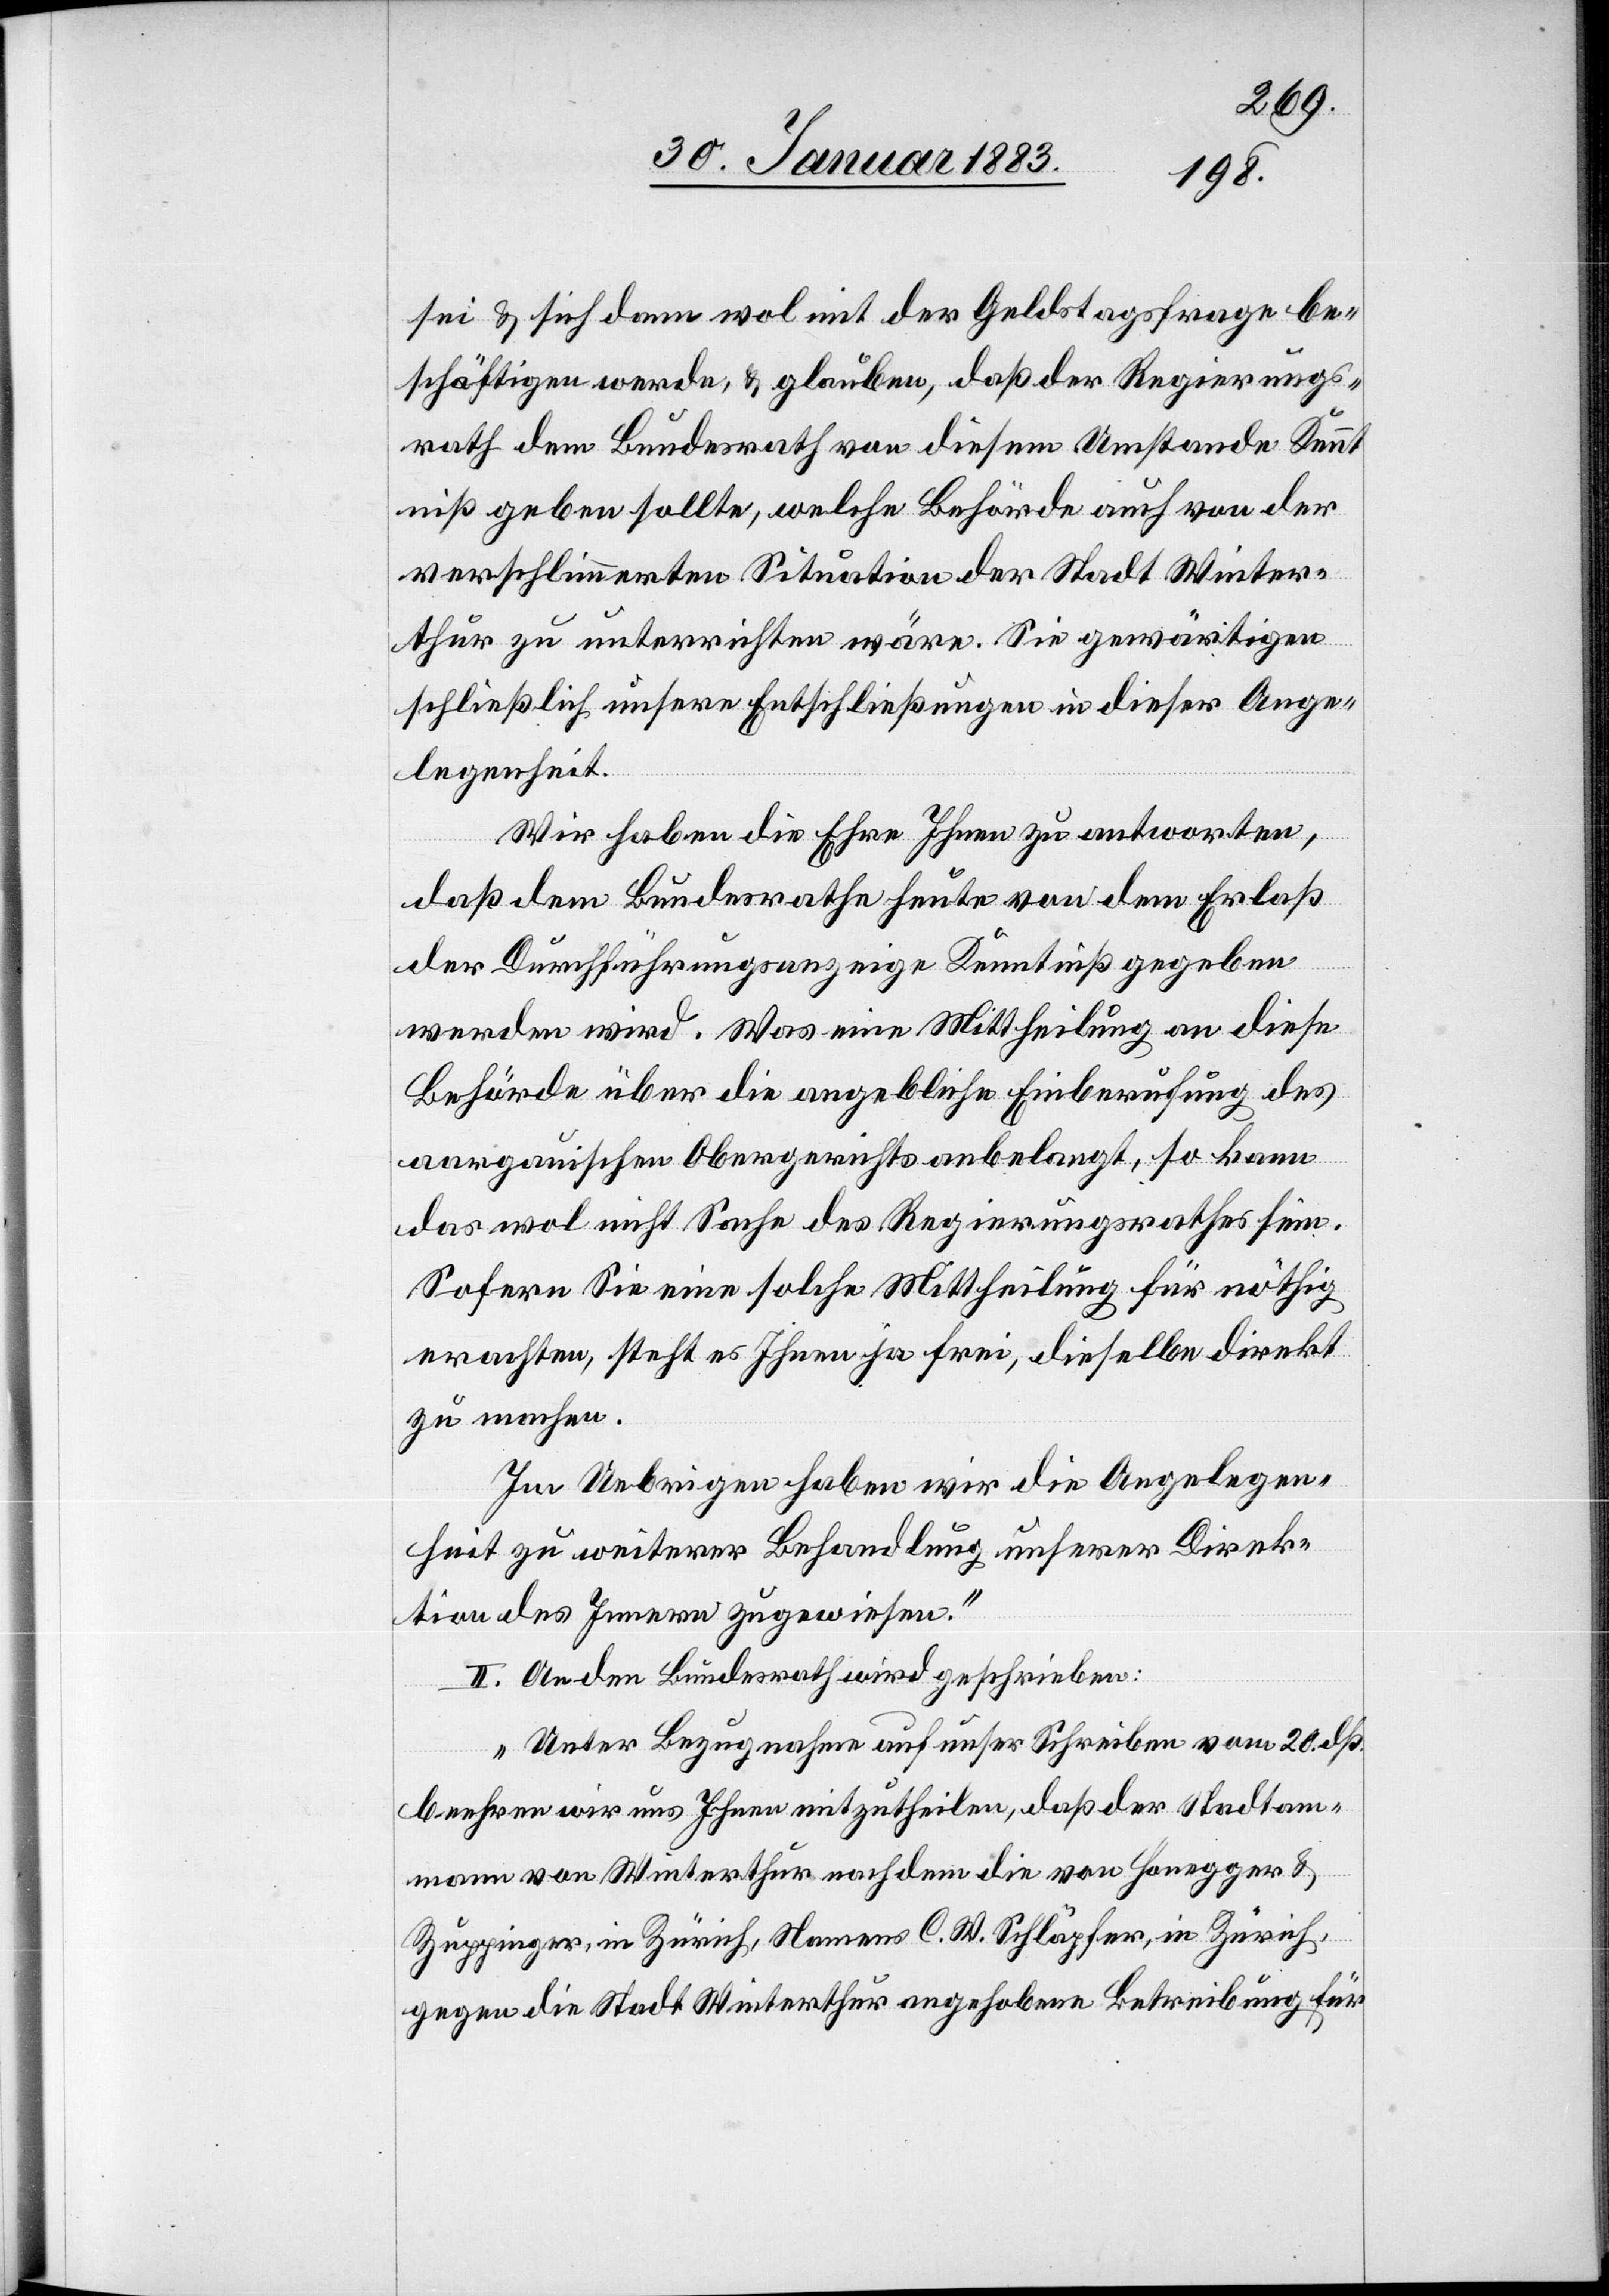
sei & sich dann wol mit der Geldstagsfrage be¬
schäftigen werde, & glauben, daß der Regierungs¬
rath dem Bundesrath von diesem Umstande Kennt¬
niß geben sollte, welche Behörde auch von der
verschlimmerten Situation der Stadt Winter¬
thur zu unterrichten wäre. Sie gewärtigen
schließlich unsere Entschließungen in dieser Ange¬
legenheit.
Wir haben die Ehre Ihnen zu antworten,
daß dem Bundesrathe heute von dem Erlaß
der Durchführungsanzeige Kenntniß gegeben
Behörde über die angebliche Einberufung des
aargauischen Obergerichts anbelangt, so kann
das wol nicht Sache des Regierungsrathes sein.
Sofern Sie eine solche Mittheilung für nöthig
erachten, steht es Ihnen frei, dieselbe direkt
zu machen.
Im Uebrigen haben wir die Angelegen¬
heit zu weiterer Behandlung unserer Direk¬
tion des Innern zugewiesen.“
II. An den Bundesrath wird geschrieben:
„Unter Bezugnahme auf unser Schreiben vom 20. dß.
beehren wir uns Ihnen mitzutheilen, daß der Stadtam¬
mann von Winterthur nachdem die von Honegger &
Zuppinger, in Zürich, Namens C. W. Schläpfer, in Zürich,
gegen die Stadt Winterthur angehobene Betreibung für